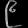
Digit: ၉